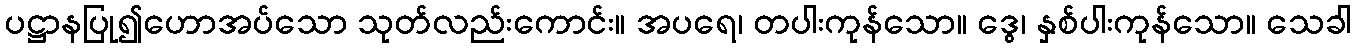
ပဋ္ဌာနပြု၍ဟောအပ်သော သုတ်လည်းကောင်း။ အပရေ၊ တပါးကုန်သော။ ဒွေ၊ နှစ်ပါးကုန်သော။ သေခါ